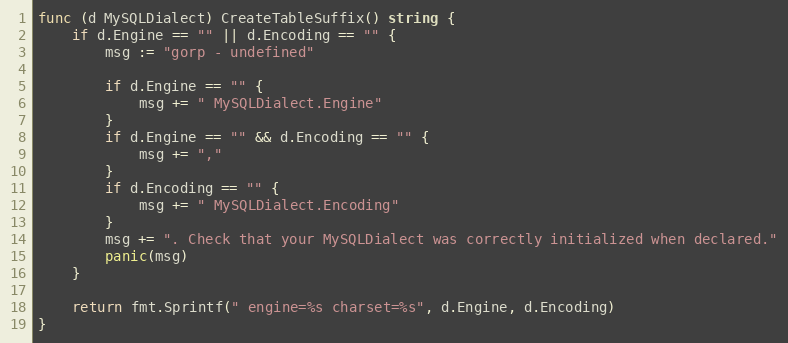
Language: Go
func (d MySQLDialect) CreateTableSuffix() string {
	if d.Engine == "" || d.Encoding == "" {
		msg := "gorp - undefined"

		if d.Engine == "" {
			msg += " MySQLDialect.Engine"
		}
		if d.Engine == "" && d.Encoding == "" {
			msg += ","
		}
		if d.Encoding == "" {
			msg += " MySQLDialect.Encoding"
		}
		msg += ". Check that your MySQLDialect was correctly initialized when declared."
		panic(msg)
	}

	return fmt.Sprintf(" engine=%s charset=%s", d.Engine, d.Encoding)
}